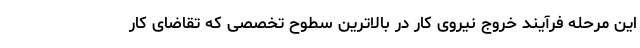
این مرحله فرآیند خروج نیروی کار در بالاترین سطوح تخصصی که تقاضای کار